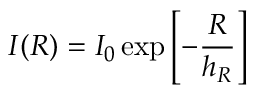
I ( R ) = I _ { 0 } \exp \left[ { - { \frac { R } { h _ { R } } } } \right]